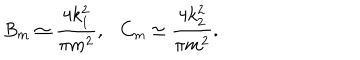
LaTeX: B _ { m } \simeq \frac { 4 k _ { 1 } ^ { 2 } } { \pi m ^ { 2 } } , \ \ \ C _ { m } \simeq \frac { 4 k _ { 2 } ^ { 2 } } { \pi m ^ { 2 } } .